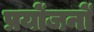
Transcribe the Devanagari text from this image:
प्रयोंजनों